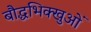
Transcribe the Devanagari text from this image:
बौद्धभिक्खुओं